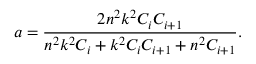
a = \frac { 2 n ^ { 2 } k ^ { 2 } C _ { i } C _ { i + 1 } } { n ^ { 2 } k ^ { 2 } C _ { i } + k ^ { 2 } C _ { i } C _ { i + 1 } + n ^ { 2 } C _ { i + 1 } } .